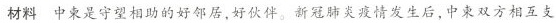
材料 中柬是守望相助的好邻居，好伙伴。新冠肺炎疫情发生后，中柬双方相互支